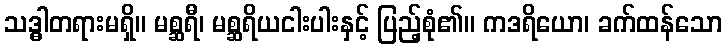
သဒ္ဓါတရားမရှိ။ မစ္ဆရီ၊ မစ္ဆရိယငါးပါးနှင့် ပြည့်စုံ၏။ ကဒရိယော၊ ခက်ထန်သော